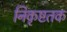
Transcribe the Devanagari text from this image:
निकृष्टतक